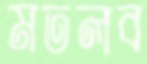
মতলব